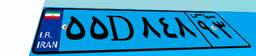
۸۳D۲۴۵۷۴